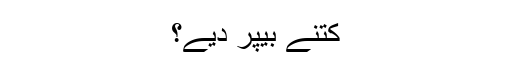
کتنے بیپر دیے؟